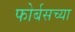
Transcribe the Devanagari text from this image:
फोर्बसच्या